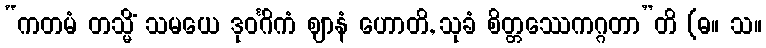
“ကတမံ တသ္မိံ သမယေ ဒုဝင်္ဂိကံ ဈာနံ ဟောတိ, သုခံ စိတ္တဿေကဂ္ဂတာ”တိ (ဓ။ သ။